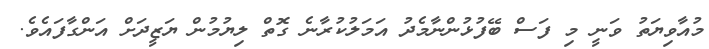
މުއާވިޔަތު ވަނީ މި ފަސް ބޭފުޅުންނާމެދު އަމަލުކުރާނެ ގޮތް ލިޔުމުން ޔަޒީދަށް އަންގާފައެވެ.